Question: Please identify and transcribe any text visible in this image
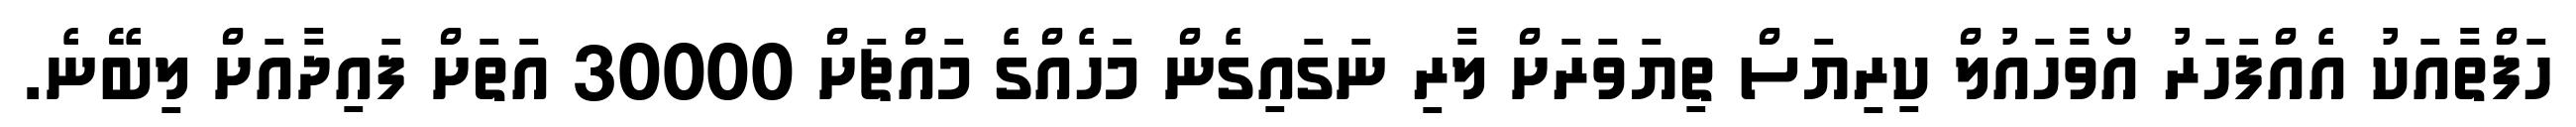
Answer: ހަފްތާއަކު އެއްފަހަރު އޯވާހައުލް ކިރިޔަސް ތިޔަވަރަށް ލާރި ނަގައިގެން މަހެއްގެ މައްޗަށް 30000 އަތަށް ފައިދާއަށް ލިބޭނެ.